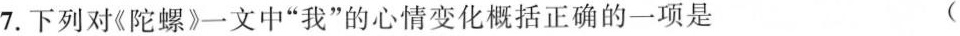
7.下列对《陀螺》一文中”我”的心情变化概括正确的一项是(